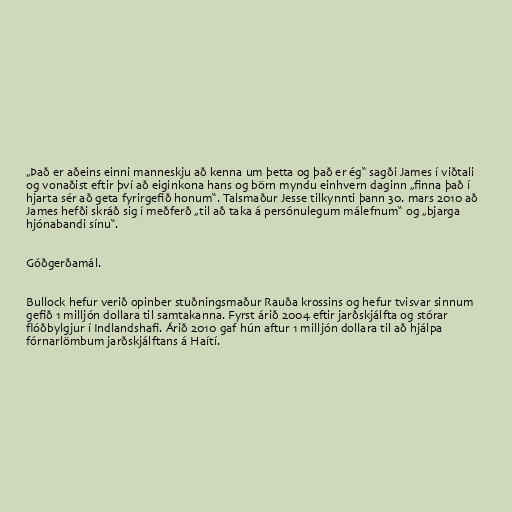
„Það er aðeins einni manneskju að kenna um þetta og það er ég“ sagði James í viðtali
og vonaðist eftir því að eiginkona hans og börn myndu einhvern daginn „finna það í
hjarta sér að geta fyrirgefið honum“. Talsmaður Jesse tilkynnti þann 30. mars 2010 að
James hefði skráð sig í meðferð „til að taka á persónulegum málefnum“ og „bjarga
hjónabandi sínu“.

Góðgerðamál.

Bullock hefur verið opinber stuðningsmaður Rauða krossins og hefur tvisvar sinnum
gefið 1 milljón dollara til samtakanna. Fyrst árið 2004 eftir jarðskjálfta og stórar
flóðbylgjur í Indlandshafi. Árið 2010 gaf hún aftur 1 milljón dollara til að hjálpa
fórnarlömbum jarðskjálftans á Haítí.